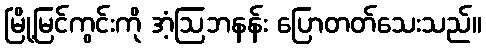
မြို့မြင်ကွင်းကို အံ့ဩဘနန်း ပြောတတ်သေးသည်။